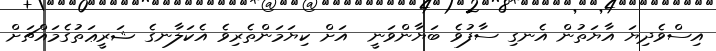
އިސްވެދިޔަ އާޔަތުން އެނގި ސާފުވެ ބަޔާންވަނީ  އަށް ކިޔަމަންތެރިވެ އެކަލާނގެ ޝަރީޢަތުގެމައްޗަށް